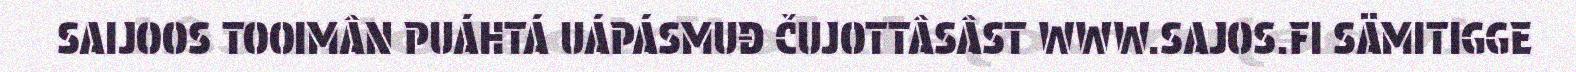
SAIJOOS TOOIMÂN PUÁHTÁ UÁPÁSMUĐ ČUJOTTÂSÂST WWW.SAJOS.FI SÄMITIGGE